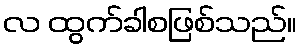
လ ထွက်ခါစဖြစ်သည်။